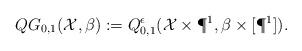
LaTeX: \begin{align*}QG_{0,1}(\mathcal{X},\beta):=Q^{\epsilon}_{0,1}(\mathcal{X}\times\P^1,\beta\times[\P^1]).\end{align*}